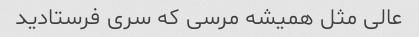
عالی مثل همیشه مرسی که سری فرستادید